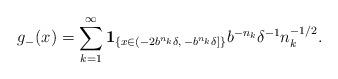
LaTeX: \begin{align*} g_-(x)=\sum_{k=1}^\infty {\bf 1}_{\{ x\in (-2 b^{n_k} \delta,\,-b^{n_k}\delta]\}} b^{-n_k}\delta^{-1} n^{-1/2}_k. \end{align*}